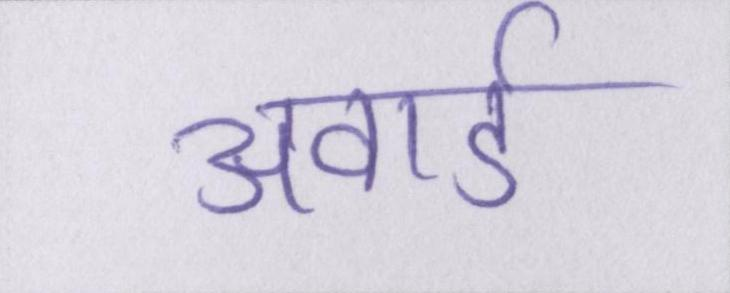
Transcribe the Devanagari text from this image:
अवार्ड